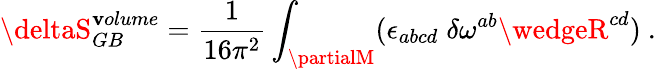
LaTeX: \deltaS_{GB}^{\mathbf{v}olume}={\frac{{1}}{{16\pi^{2}}}}\int_{\partialM}(\epsilon_{abcd}\; \delta\omega^{ab}\wedgeR^{cd})\ .